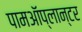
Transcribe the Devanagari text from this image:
पामऑप्लान्टर